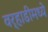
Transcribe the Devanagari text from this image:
वर्‍हाडीमध्ये